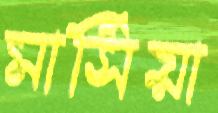
মার্সিয়া